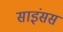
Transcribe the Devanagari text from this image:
साइंसस